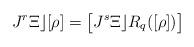
LaTeX: \begin{align*} J^r\Xi \rfloor [\rho] = \big[J^s\Xi \rfloor R_q([\rho])\big]\end{align*}